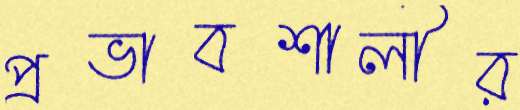
প্রভাবশালীর